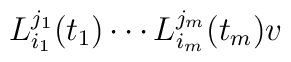
L_{i_1}^{j_1}(t_1) \cdots L_{i_m}^{j_m}(t_m)v